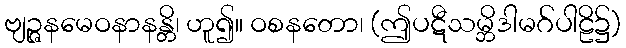
ဗျဉ္ဇနမေဝနာနန္တိ၊ ဟူ၍။ ဝစနတော၊ (ဤပဋီသမ္ဘိဒါမဂ်ပါဠိ၌)